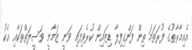
އެއިމާރާތުގެ ފުރަތަމަ ތިން ފަންގިފިލާ ޑިޒައިން ކުރެވިފައި ވަނީ ޒަމާނީ ވަސީލަތްތަކާއި އެކު